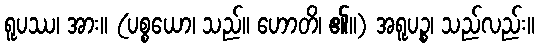
ရူပဿ၊ အား။ (ပစ္စယော၊ သည်။ ဟောတိ၊ ၏။) အရူပဉ္စ၊ သည်လည်း။